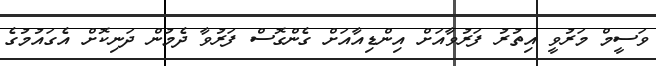
ވަސީމް މަރުވީ އިތުރު ފަރުވާއަށް އިންޑިއާއަށް ގެންގޮސް ފަރުވާ ދެމުން ދަނިކޮށް އެގައުމުގެ